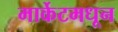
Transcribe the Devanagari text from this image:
मार्केटमधून